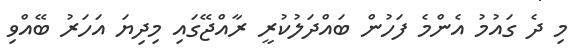
މި ދެ ގައުމު އެންމެ ފަހުން ބައްދަލުކުރީ ރާއްޖޭގައި މިދިޔަ އަހަރު ބޭއްވި